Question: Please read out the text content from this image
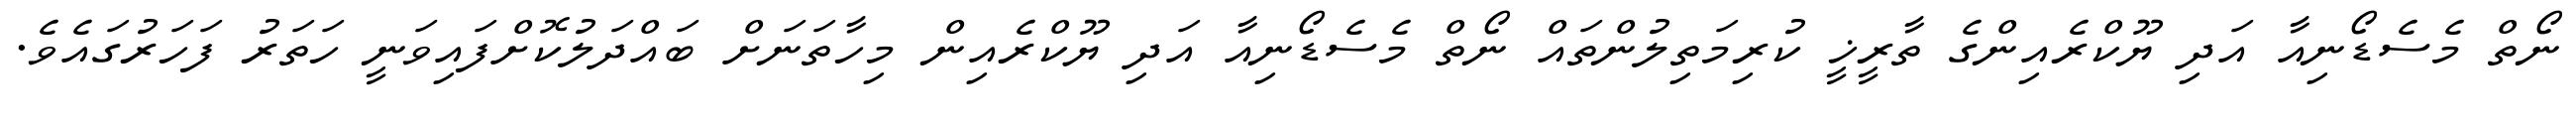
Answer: ނޯތް މެސެޑޯނިއާ އަދި ޔޫކްރެއިންގެ ތާރީޚީ ކުރިމަތިލުންތައް ނޯތް މެސެޑޯނިއާ އަދި ޔޫކްރެއިން މިހާތަނަށް ބައްދަލުކޮށްފައިވަނީ ހަތަރު ފަހަރުގައެވެ.